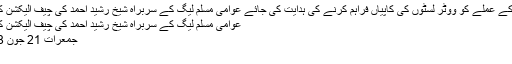
الیکشن کمیشن کے عملے کو ووٹر لسٹوں کی کاپیاں فراہم کرنے کی ہدایت کی جائے عوامی مسلم لیگ کے سربراہ شیخ رشید احمد کی چیف الیکشن کمشنر سے اپیل
عوامی مسلم لیگ کے سربراہ شیخ رشید احمد کی چیف الیکشن کمشنر سے اپیل
جمعرات 21 جون 2018 15:15
اسلام آباد ۔